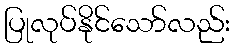
ပြုလုပ်နိုင်သော်လည်း